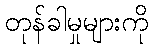
တုန်ခါမှုများကို